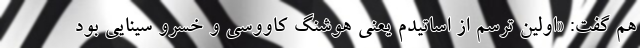
هم گفت: «اولین ترسم از اساتیدم یعنی هوشنگ کاووسی و خسرو سینایی بود